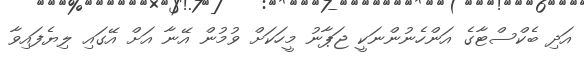
އަދި ބެކްސްޓާގެ އަންހެނުންނަކީ ޖަޕާނު މީހަކަށް ވުމުން އޭނާ އަށް އޭގައި ލިޔެފައިވާ